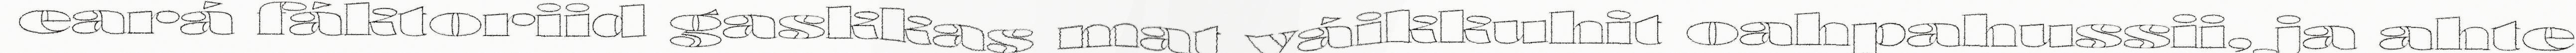
eará fáktoriid gaskkas mat váikkuhit oahpahussii, ja ahte